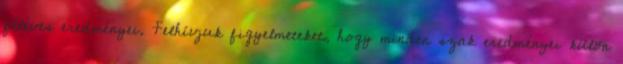
féléves eredményei. Felhívjuk figyelmeteket, hogy minden szak eredményei külön